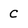
Character: C